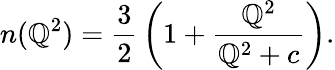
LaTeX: n(\mathbb{Q}^{2})={\frac{{3}}{{2}}}\left(1+{\frac{{\mathbb{Q}^{2}}}{{\mathbb{Q}^{2}+c}}}\right).